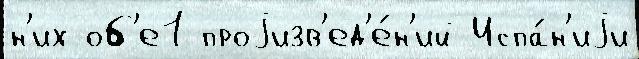
н'их об'е1 проjизв'ед'е́н'ий Испа́н'иjи